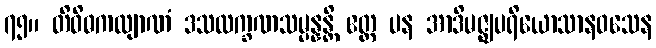
၇၅။ တိဝိဓကလျာဏံ ဒသလက္ခဏသမ္ပန္နန္တိ ဧတ္ထ ပန အာဒိမဇ္ဈပရိယောသာနဝသေန